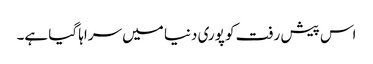
اس پیش رفت کو پوری دنیا میں سراہا گیا ہے۔